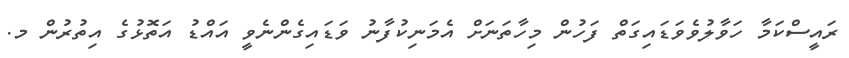
ރައީސްކަމާ ހަވާލުވެވަޑައިގަތް ފަހުން މިހާތަނަށް އެމަނިކުފާނު ވަޑައިގެންނެވީ އައްޑު އަތޮޅުގެ އިތުރުން މ.